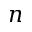
n